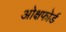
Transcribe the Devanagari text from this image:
ओक्षफोर्ड